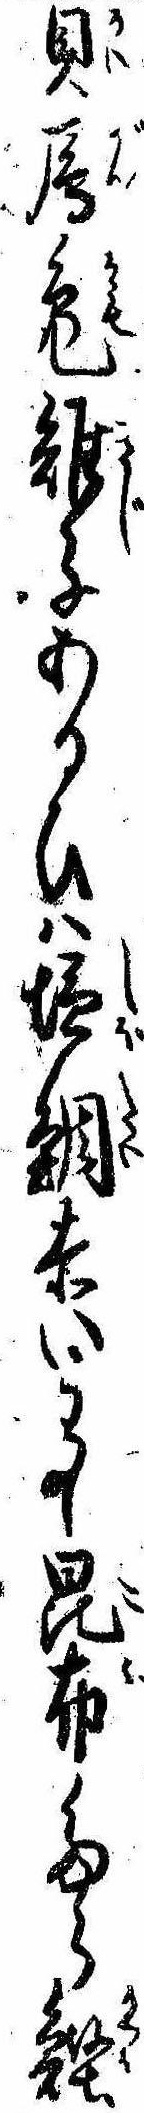
貝雁鳧雉子あるひは塩鯛赤いわし昆布たら鰹